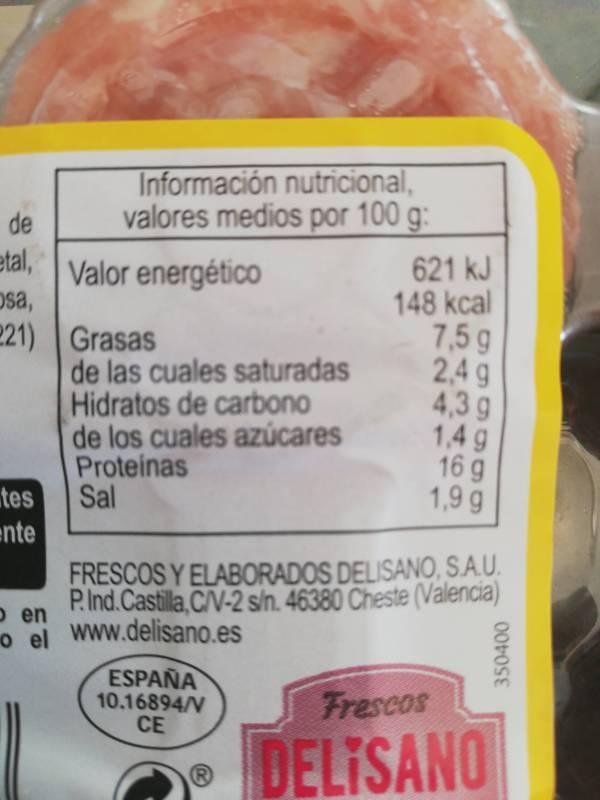
valores medios por 100 g de etal, Valor energético 621 kJ 148 kcal 7,5g 2,4g 4,3 g 1,4 g 16 g 1,9 g sa, 21) Grasas de las cuales saturadas Hidratos de carbono de los cuales azúcares Proteinas Sal tes nte FRESCOS Y ELABORADOS DELISANO, S.AU en PInd.Castila,C/V-2 sin. 46380 Cheste (Valencia) Oel www.delisano.es ESPAÑA 10.16894/V CE Frescos DELISANO 350400